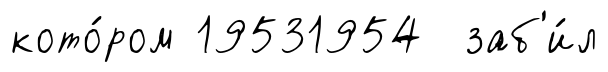
кото́ром 19531954 заб'и́л